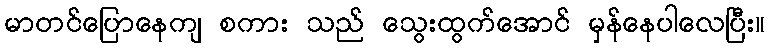
မာတင်ပြောနေကျ စကား သည် သွေးထွက်အောင် မှန်နေပါလေပြီး။